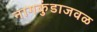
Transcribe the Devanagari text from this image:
नागकुंडाजवळ